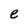
Character: e